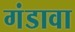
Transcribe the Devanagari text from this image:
गंडावा